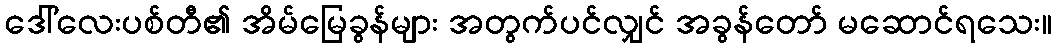
ဒေါ်လေးပစ်တီ၏ အိမ်မြေခွန်များ အတွက်ပင်လျှင် အခွန်တော် မဆောင်ရသေး။